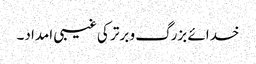
خدائے بزرگ و برتر کی غیبی امداد۔